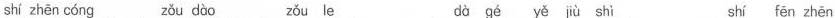
shí zhēn cóng zǒu dào zǒu le dà gé yě jù shì shí fēn zhēn